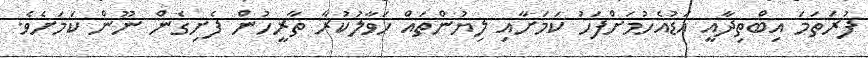
ފުރަތަމަ އިބްތިދާއީ އަޑުއެހުމަށްފަހު ކަމަށާއި ލިޔުންތައް ހަވާލުކުރާ ތާރީހުން ފެށިގެން ނޫން ކަމަށެވެ.